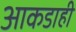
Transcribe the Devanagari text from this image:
आकडाही